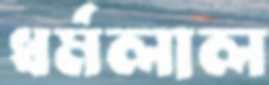
ধর্মলাল